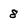
Character: 8